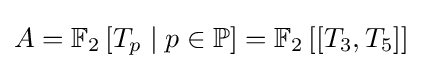
A=\mathbb {F} _{2}\left[T_{p}\mid p\in \mathbb {P} \right]=\mathbb {F} _{2}\left[\left[T_{3},T_{5}\right]\right]